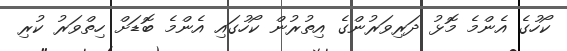
ކޯހުގެ އެންމެ މޮޅު ދަރިވަރުންގެ އިތުރުން ކޯހުގައި އެންމެ ބޮޑަށް ހިތްވަރު ކުރި